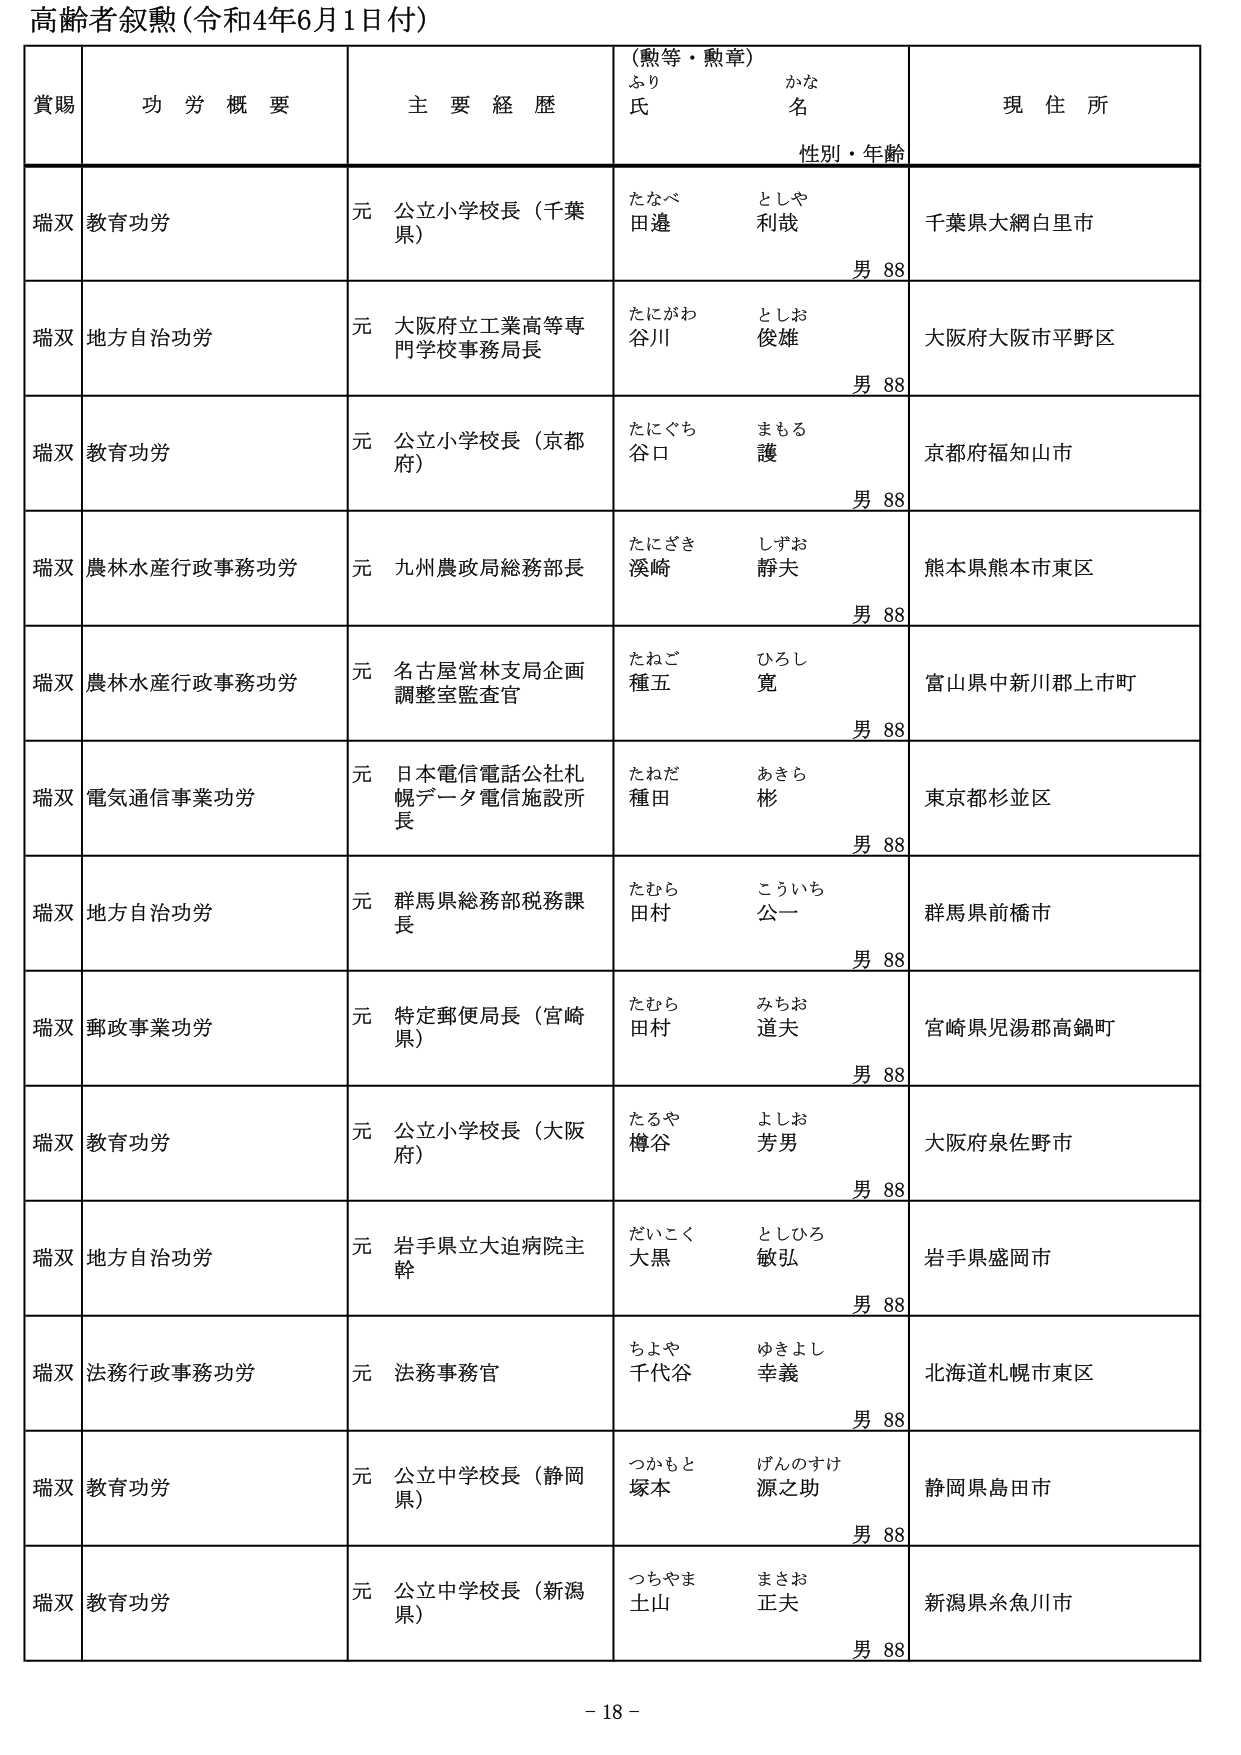
高齢者叙勲（令和4年6月1日付）

賞賜　　功労概要　　主要経歴　　（勲等・勲章）　　現住所
　　　　　　　　　　　　　　ふり　　かな
　　　　　　　　　　　　　　氏　　　名
　　　　　　　　　　　　　　性別・年齢

瑞双　教育功労　　　元 公立小学校長（千葉県）　　たなべ　　としや　　千葉県大網白里市
　　　　　　　　　　　　　　　　　　　　　　　　田邉　　利哉　　男 88

瑞双　地方自治功労　元 大阪府立工業高等専門学校事務局長　　たにがわ　　としお　　大阪府大阪市平野区
　　　　　　　　　　　　　　　　　　　　　　　　　　谷川　　俊雄　　男 88

瑞双　教育功労　　　元 公立小学校長（京都府）　　たにぐち　　まもる　　京都府福知山市
　　　　　　　　　　　　　　　　　　　　　　　　谷口　　護　　男 88

瑞双　農林水産行政事務功労　元 九州農政局総務部長　　たにざき　　しずお　　熊本県熊本市東区
　　　　　　　　　　　　　　　　　　　　　　　　　　渓崎　　靜夫　　男 88

瑞双　農林水産行政事務功労　元 名古屋営林支局企画調整室監査官　　たねご　　ひろし　　富山県中新川郡上市町
　　　　　　　　　　　　　　　　　　　　　　　　　　　　種五　　寛　　男 88

瑞双　電気通信事業功労　元 日本電信電話公社札幌データ電信施設所長　　たねだ　　あきら　　東京都杉並区
　　　　　　　　　　　　　　　　　　　　　　　　　　　　種田　　彬　　男 88

瑞双　地方自治功労　元 群馬県総務部税務課長　　たむら　　こういち　　群馬県前橋市
　　　　　　　　　　　　　　　　　　　　　　　　田村　　公一　　男 88

瑞双　郵政事業功労　元 特定郵便局長（宮崎県）　　たむら　　みちお　　宮崎県児湯郡高鍋町
　　　　　　　　　　　　　　　　　　　　　　　　田村　　道夫　　男 88

瑞双　教育功労　　　元 公立小学校長（大阪府）　　たるや　　よしお　　大阪府泉佐野市
　　　　　　　　　　　　　　　　　　　　　　　　樽谷　　芳男　　男 88

瑞双　地方自治功労　元 岩手県立大迫病院主幹　　だいこく　　としひろ　　岩手県盛岡市
　　　　　　　　　　　　　　　　　　　　　　　　大黒　　敏弘　　男 88

瑞双　法務行政事務功労　元 法務事務官　　ちょや　　ゆきよし　　北海道札幌市東区
　　　　　　　　　　　　　　　　　　　　　　千代谷　　幸義　　男 88

瑞双　教育功労　　　元 公立中学校長（静岡県）　　つかもと　　げんのすけ　　静岡県島田市
　　　　　　　　　　　　　　　　　　　　　　　　塚本　　源之助　　男 88

瑞双　教育功労　　　元 公立中学校長（新潟県）　　つちやま　　まさお　　新潟県糸魚川市
　　　　　　　　　　　　　　　　　　　　　　　　土山　　正夫　　男 88

- 18 -